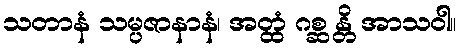
သတာနံ သမ္ပဇာနာနံ၊ အတ္ထံ ဂစ္ဆ န္တိ အာသဝါ။